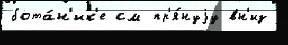
бота́н'ик'е см пр'я́нуjу вн'из